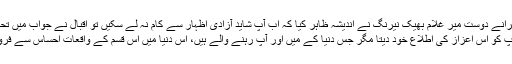
ان کے پُرانے دوست میر غلام بھیک نیرنگ نے اندیشہ ظاہر کیا کہ اب آپ شاید آزادیٔ اظہار سے کام نہ لے سکیں تو اقبال نے جواب میں تحریر کیا:
’’میں آپ کو اس اعزاز کی اطلاع خود دیتا مگر جس دنیا کے میں اور آپ رہنے والے ہیں، اس دنیا میں اس قسم کے واقعات احساس سے فرو تر ہیں۔